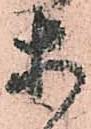
等